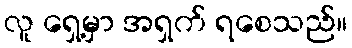
လူ ရှေ့မှာ အရှက် ရစေသည်။